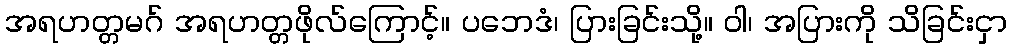
အရဟတ္တမဂ် အရဟတ္တဖိုလ်ကြောင့်။ ပဘေဒံ၊ ပြားခြင်းသို့။ ဝါ၊ အပြားကို သိခြင်းငှာ